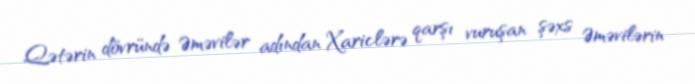
Qətərin dövründə Əməvilər adından Xariclərə qarşı vuruşan şəxs Əməvilərin